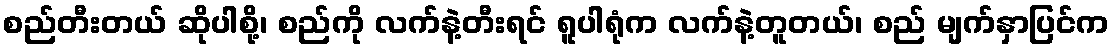
စည်တီးတယ် ဆိုပါစို့၊ စည်ကို လက်နဲ့တီးရင် ရူပါရုံက လက်နဲ့တူတယ်၊ စည် မျက်နှာပြင်က